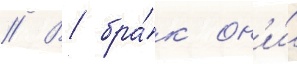
// В бра́к он'и́